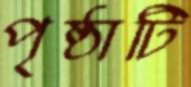
পৃষ্ঠাটি